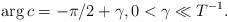
LaTeX: \begin{align*}\arg{c}=-\pi/2+\gamma,0<\gamma\ll T^{-1}.\end{align*}